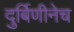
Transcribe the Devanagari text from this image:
दुर्बिणीनेच